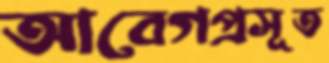
আবেগপ্রসূত